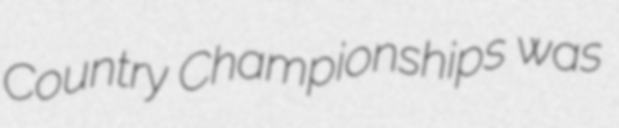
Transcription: Country Championships was